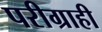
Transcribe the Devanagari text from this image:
परीग्राही